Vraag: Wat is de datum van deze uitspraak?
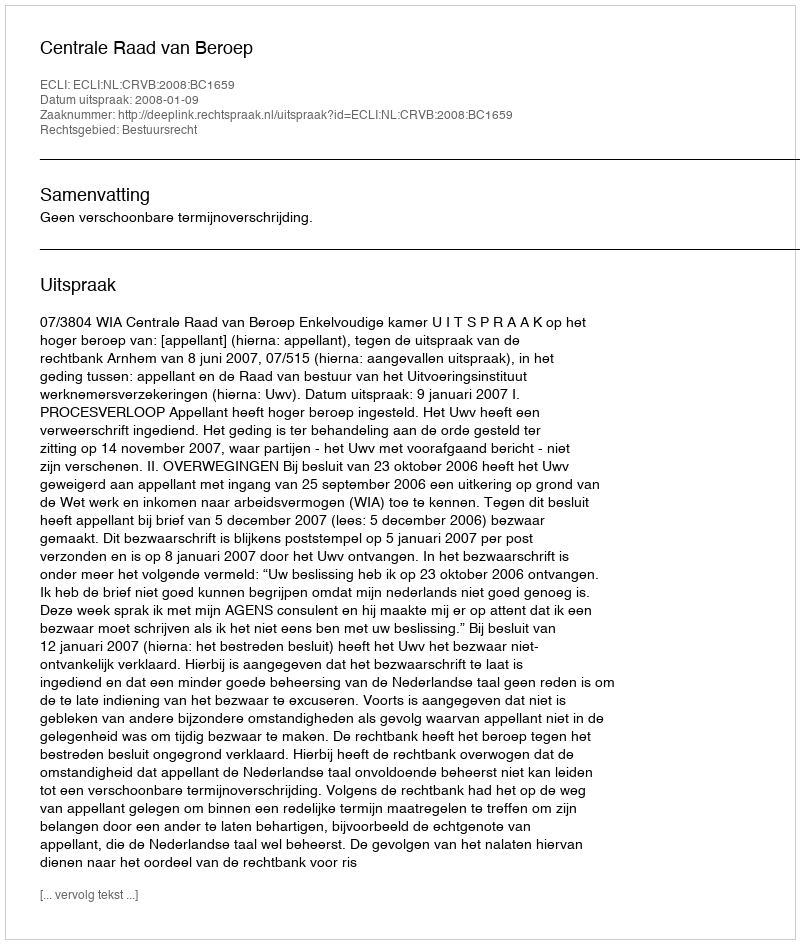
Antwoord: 2008-01-09